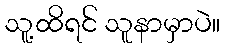
သူ့ထိရင် သူနာမှာပဲ။